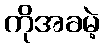
ကိုအခမဲ့